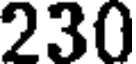
230